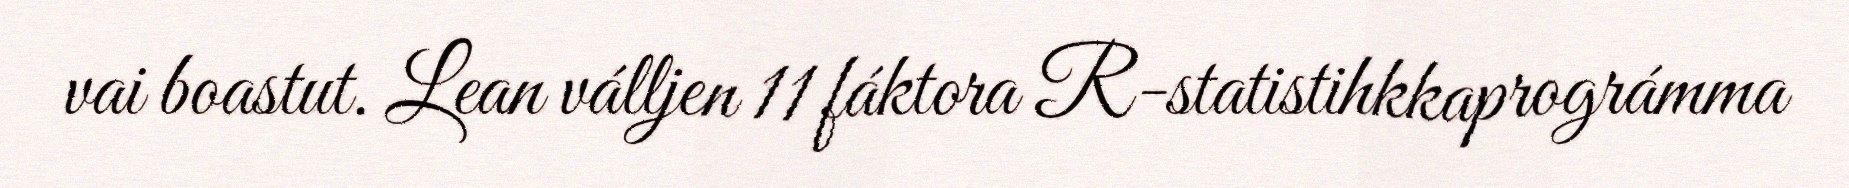
vai boastut. Lean válljen 11 fáktora R-statistihkkaprográmma